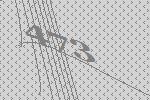
473